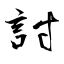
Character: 詂